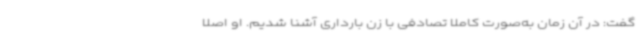
گفت: در آن زمان به‌صورت کاملا تصادفی با زن بارداری آشنا شدیم. او اصلا